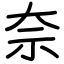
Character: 奈